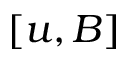
[ u , B ]